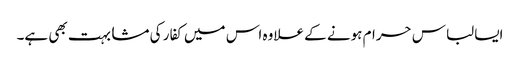
ایسا لباس حرام ہونے کے علاوہ اس میں کفار کی مشابہت بھی ہے۔